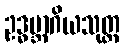
ဥဒ္ဓမ္ဘာဂိယသုတ္တ